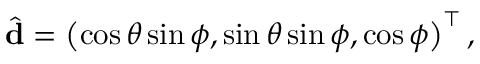
\hat { \mathbf { d } } = \left( \cos \theta \sin \phi , \sin \theta \sin \phi , \cos \phi \right) ^ { \top } ,